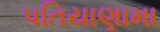
પતિયાણામા